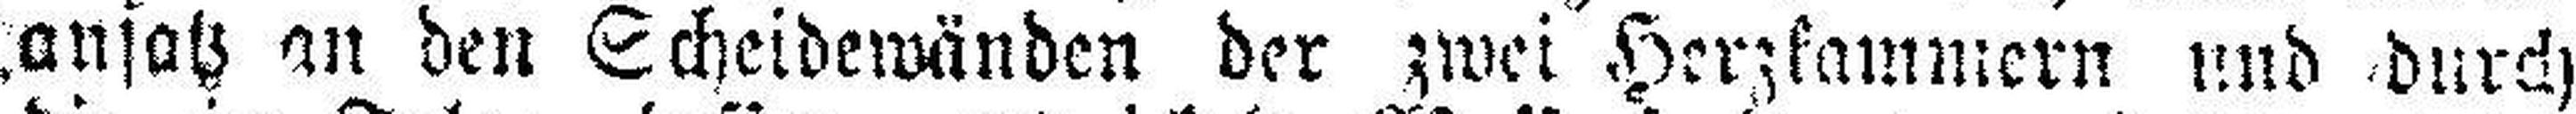
ansatz an den Scheidewänden der zwei Herzkammern und durch